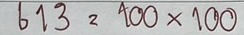
613 = 100x100